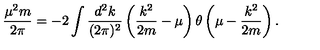
\frac { \mu ^ { 2 } m } { 2 \pi } = - 2 \int \frac { d ^ { 2 } k } { ( 2 \pi ) ^ { 2 } } \left( \frac { k ^ { 2 } } { 2 m } - \mu \right) \theta \left( \mu - \frac { k ^ { 2 } } { 2 m } \right) .